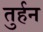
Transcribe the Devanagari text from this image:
तुर्हन